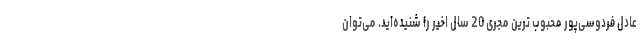
عادل فردوسی‌پور محبوب ترین مجری 20 سال اخیر را شنیده‌اید. می‌توان